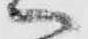
ヘ